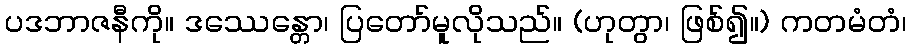
ပဒဘာဇနီကို။ ဒဿေန္တော၊ ပြတော်မူလိုသည်။ (ဟုတွာ၊ ဖြစ်၍။) ကတမံတံ၊